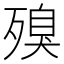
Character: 殠